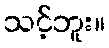
သင့်ဘူး။